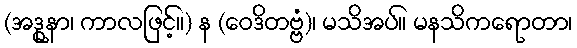
(အဒ္ဓုနာ၊ ကာလဖြင့်။) န (ဝေဒိတဗ္ဗံ)၊ မသိအပ်။ မနသိကရောတာ၊